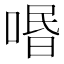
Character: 㗃